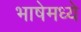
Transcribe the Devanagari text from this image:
भाषेमध्‍ये